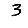
Digit: 3